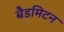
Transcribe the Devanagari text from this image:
बैडमिटन